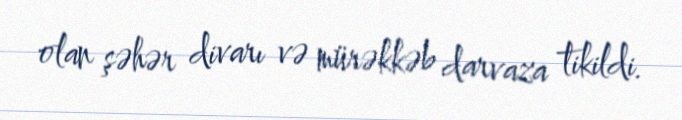
olan şəhər divarı və mürəkkəb darvaza tikildi.